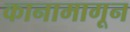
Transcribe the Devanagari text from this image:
कानामागून